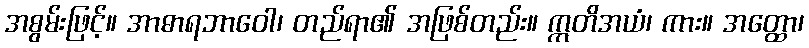
အစွမ်းဖြင့်။ အာဓာရဘာဝေါ၊ တည်ရာ၏ အဖြစ်တည်း။ ဣတိအယံ၊ ကား။ အတ္ထော၊